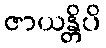
ဇာယန္တိပိ